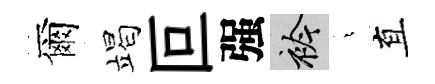
爾竭叵强衿燁直